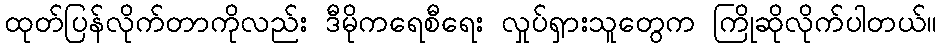
ထုတ်ပြန်လိုက်တာကိုလည်း ဒီမိုကရေစီရေး လှုပ်ရှားသူတွေက ကြိုဆိုလိုက်ပါတယ်။